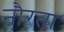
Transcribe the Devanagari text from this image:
नौरता